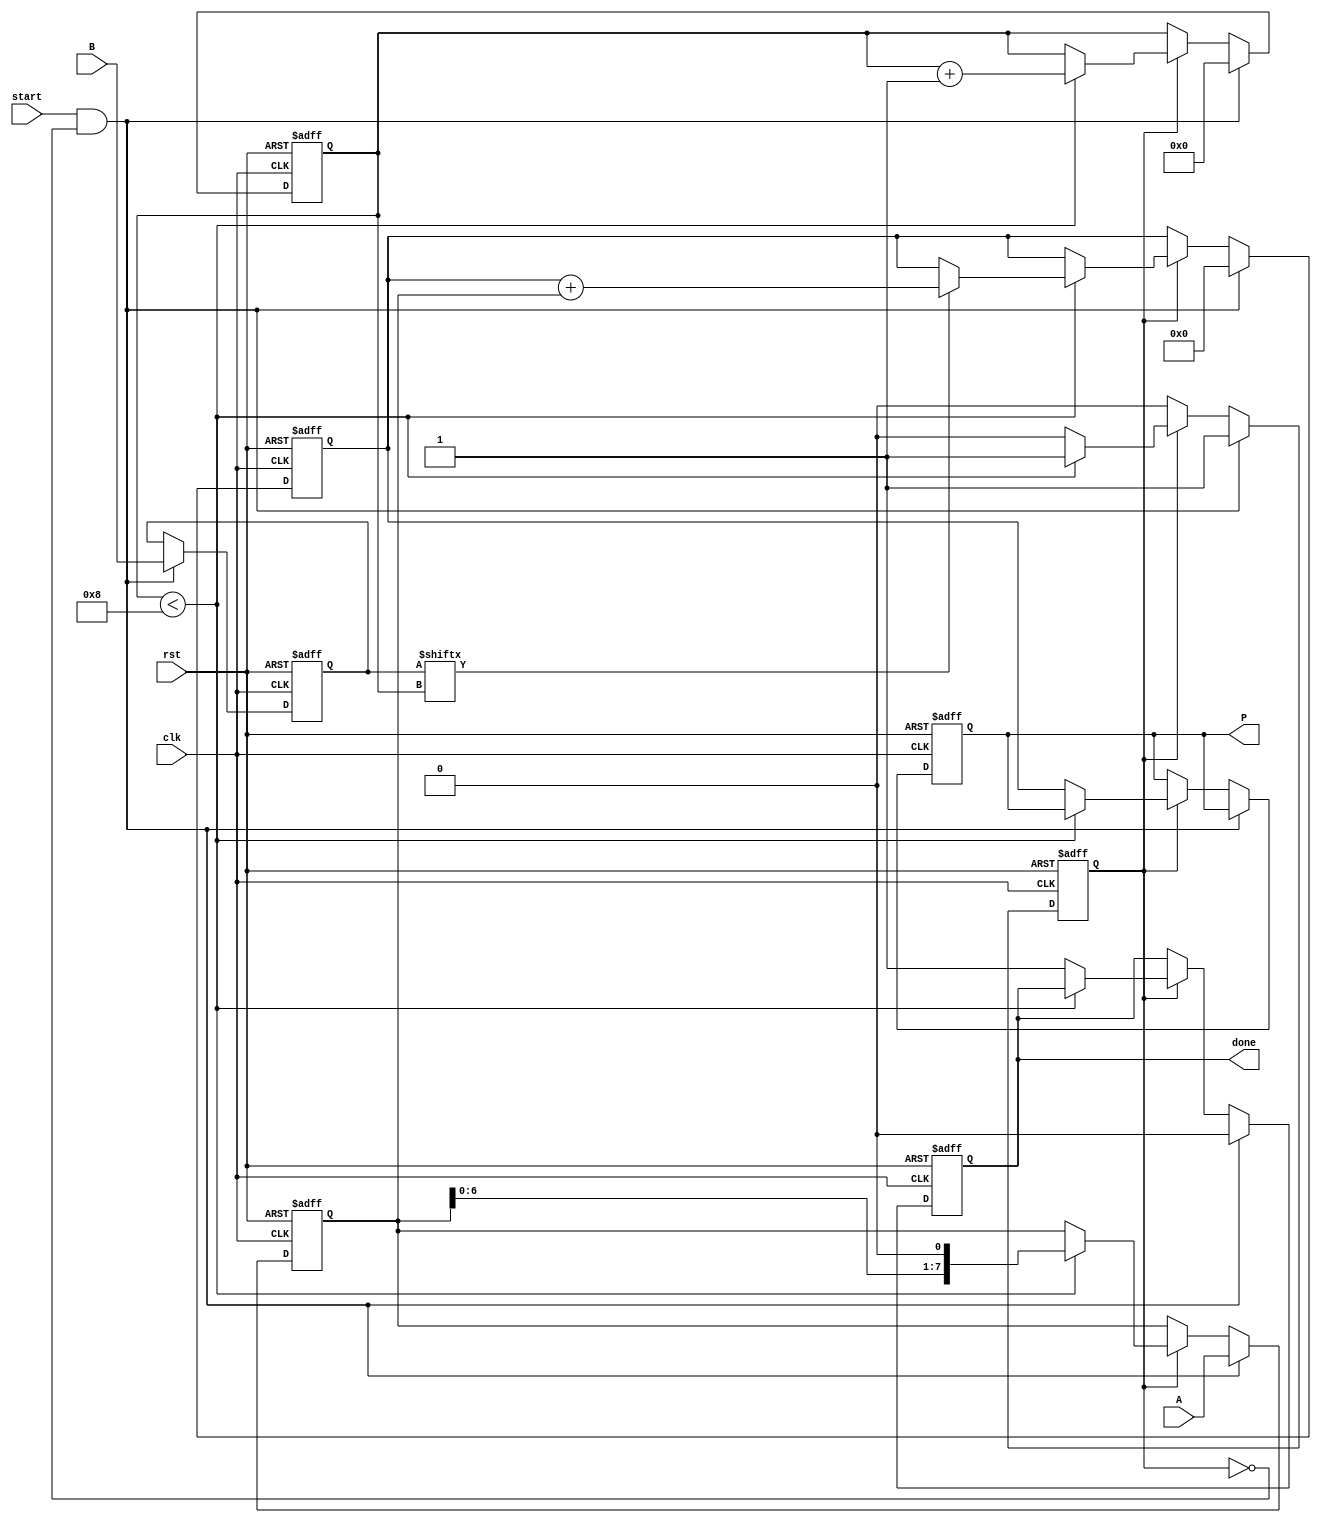
module radix2_multiplier #(
    parameter n = 8 // Bit-width of input numbers
) (
    input wire [n-1:0] A,     // Multiplicand
    input wire [n-1:0] B,     // Multiplier
    input wire start,          // Control signal to start multiplication
    input wire clk,            // Clock signal
    input wire rst,            // Reset signal
    output reg [2*n-1:0] P,    // Product output
    output reg done            // Indicates multiplication is complete
);

    reg [n-1:0] A_shifted;     // Shifted version of A
    reg [n-1:0] B_reg;         // Register for B
    reg [2*n-1:0] partial_sum; // Accumulator for the product
    reg [3:0] counter;         // Bit counter
    reg multiplying;           // State of multiplication process

    // Initialization
    always @(posedge clk or posedge rst) begin
        if (rst) begin
            P <= 0;
            partial_sum <= 0;
            A_shifted <= 0;
            B_reg <= 0;
            counter <= 0;
            done <= 0;
            multiplying <= 0;
        end else if (start && !multiplying) begin
            // Start multiplication
            A_shifted <= A;        // Initialize shifted A
            B_reg <= B;            // Load multiplier B
            partial_sum <= 0;      // Clear partial sum
            counter <= 0;          // Reset counter
            done <= 0;            // Clear done flag
            multiplying <= 1;      // Set multiplying state
        end else if (multiplying) begin
            if (counter < n) begin
                if (B_reg[counter]) begin
                    // Add shifted A to partial sum if current bit of B is 1
                    partial_sum <= partial_sum + A_shifted;
                end
                // Shift A left
                A_shifted <= A_shifted << 1;
                // Increment counter
                counter <= counter + 1;
            end else begin
                // Finished multiplying
                P <= partial_sum;     // Store final product
                done <= 1;            // Set done flag
                multiplying <= 0;      // Clear multiplying state
            end
        end
    end
endmodule